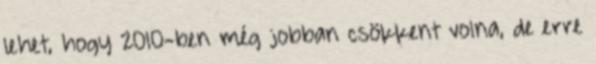
lehet, hogy 2010-ben még jobban csökkent volna, de erre